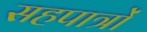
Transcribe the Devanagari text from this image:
सहपात्रों